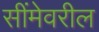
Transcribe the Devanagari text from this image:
सींमेवरील